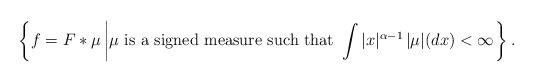
LaTeX: \begin{align*} \displaystyle \left\{ f=F*\mu\left| \mu\text{ is a signed measure such that } \int |x|^{\alpha-1}\, |\mu|(dx)<\infty\right. \right\}. \end{align*}